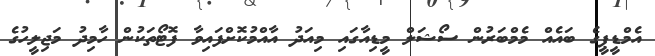
އެމްޑީޕީގެ ބައެއް މެމްބަރުން ސޯޝަލް މީޑިއާގައި މިއަދު އާއްމުކޮށްފައިވާ ފޮޓޯތަކުން ހާމިދު މަޖިލީހުގެ